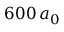
6 0 0 \, a _ { 0 }